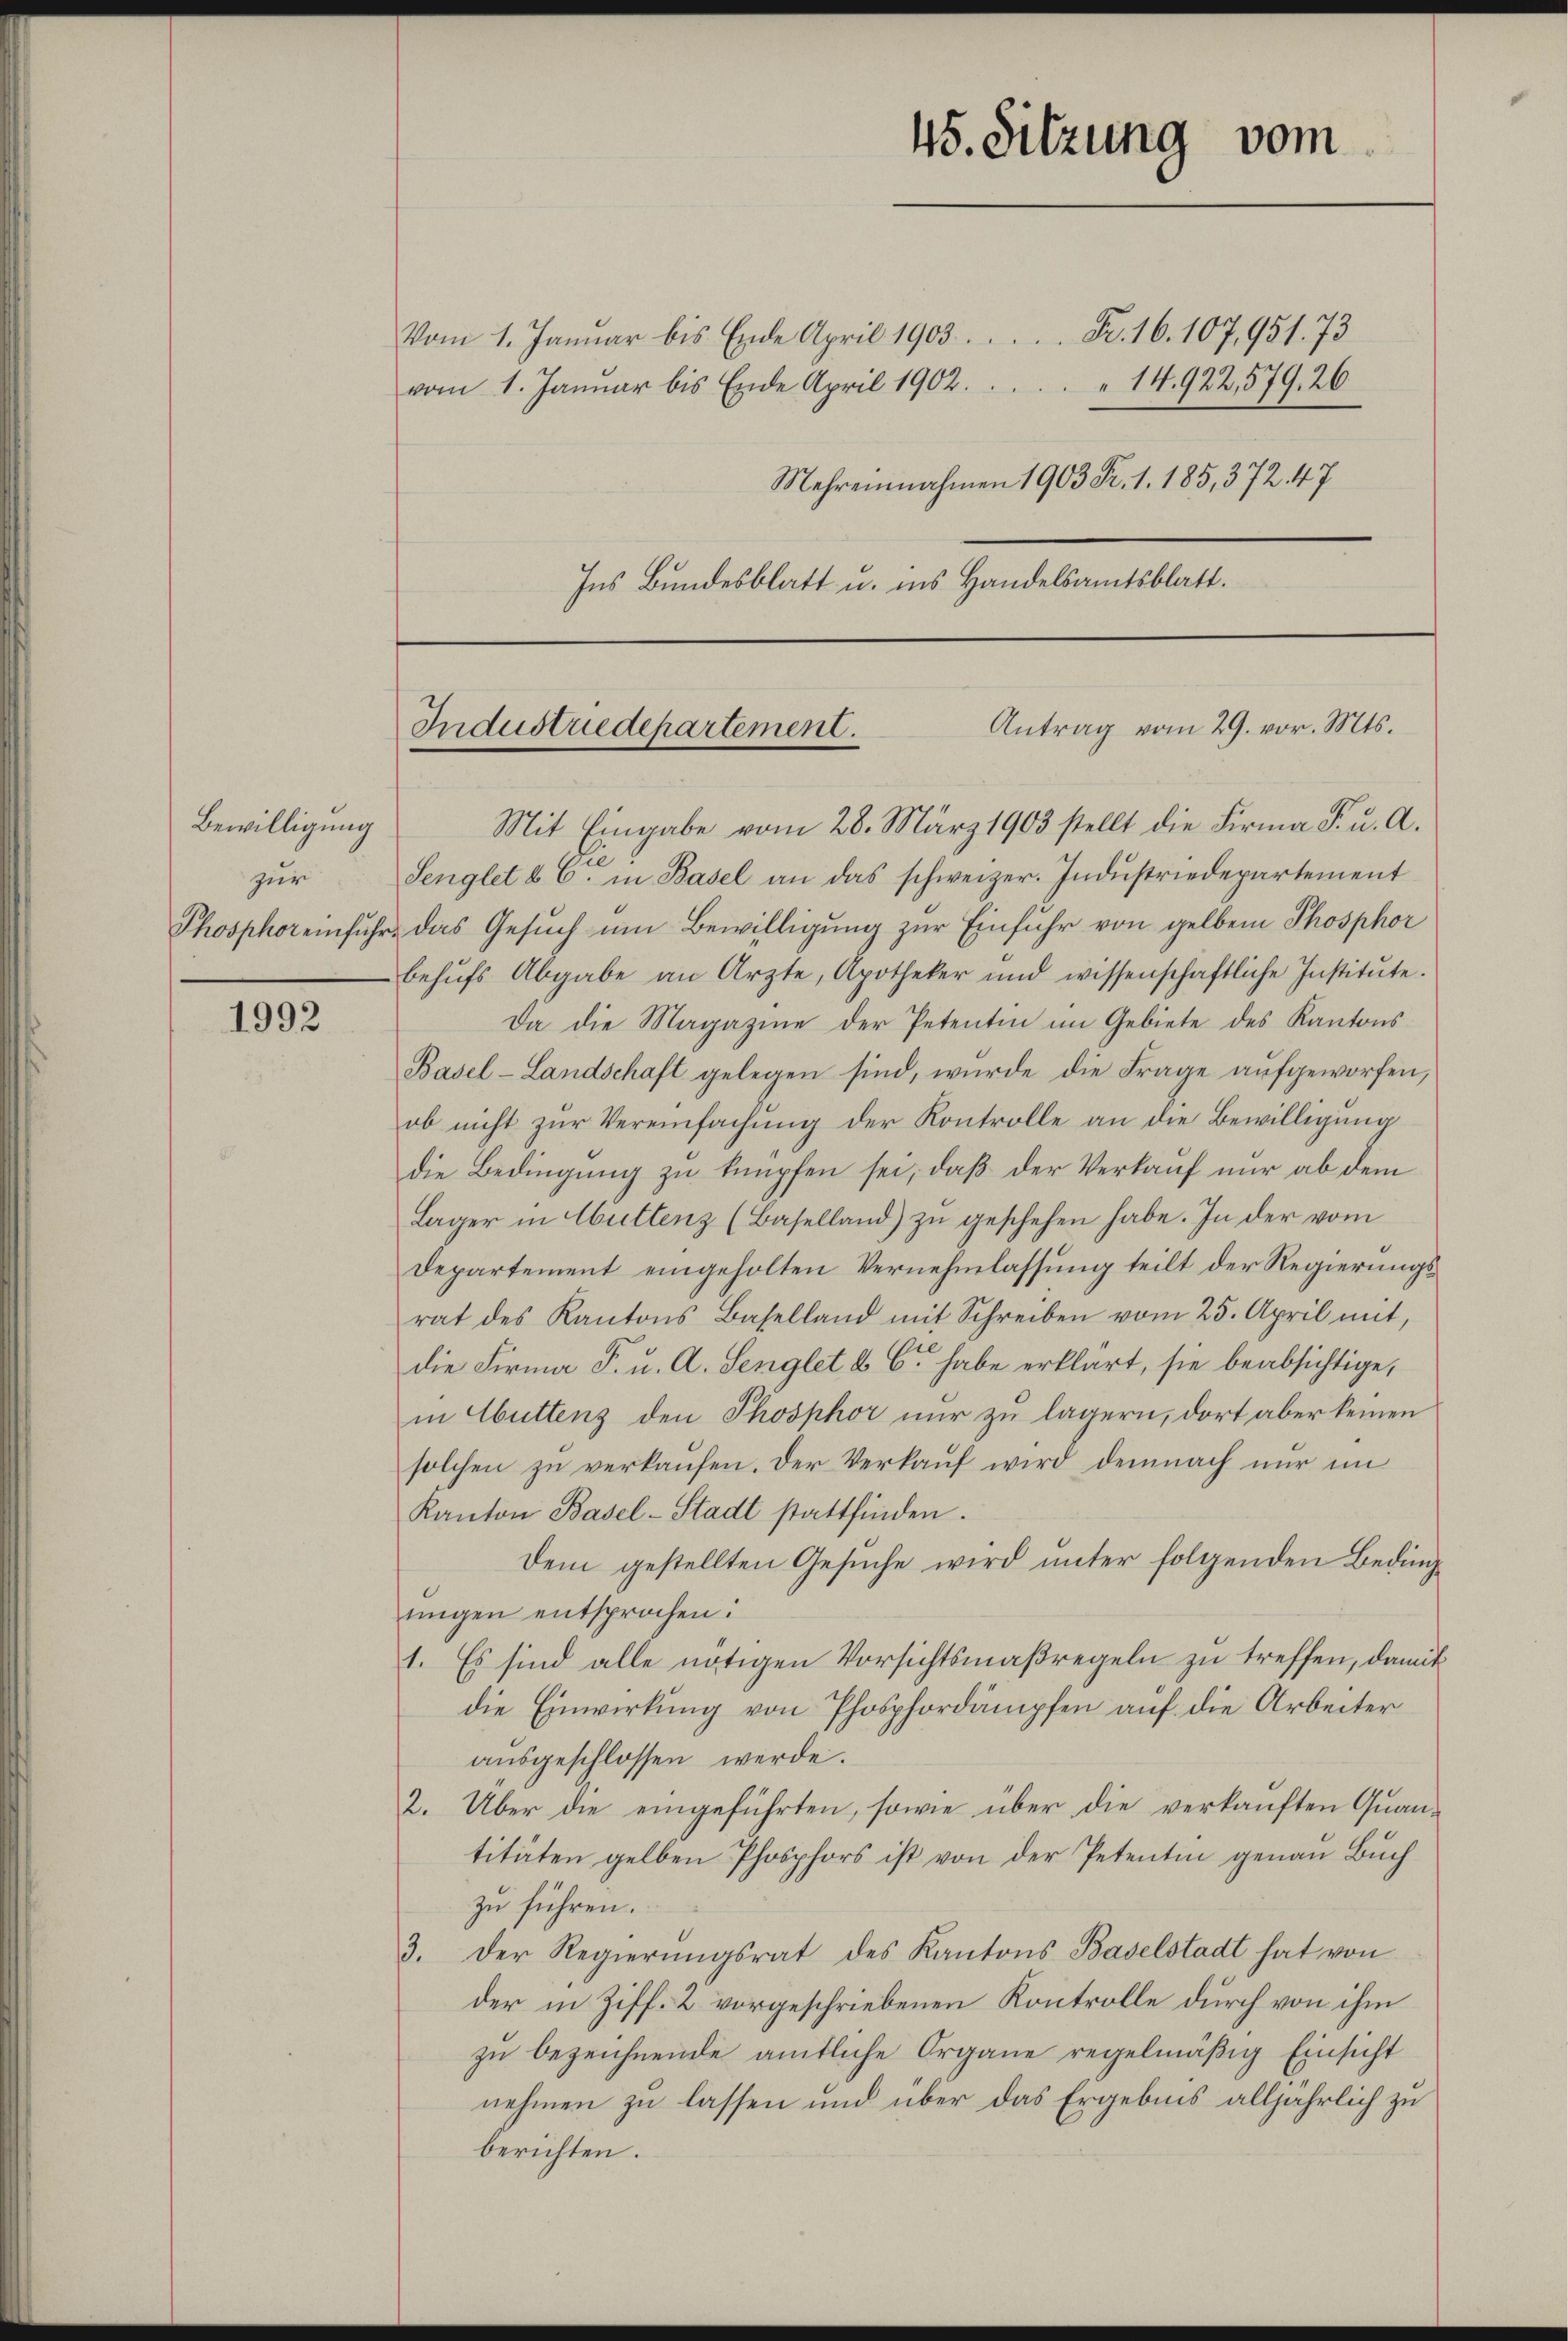
Bewilligung
zur
Phosphor einfuhr

1992

14.922, 579. 26
vom 1. Januar bis Ende April 1902.
Mehreinnahmen 1903 Fr. 1. 185, 372. 47
Ins Bundesblatt u. ins Handelsamtsblatt.

Vom 1. Januar bis Ende April 1903..  .. ..  Fr. 16. 107,951. 73

Industriedepartement.

45. Sitzung vom

Antrag vom 29. vor. Mts.

Mit Eingabe vom 28. März 1903 stellt die Firma F. u. A.
e
Senglet b. C. in Basel an das schweizer. Indŭstriedepartement
& das Gesuch um Bewilligung zur Einfuhr von gelben Phosphor
behŭfs Abgabe an Arzte, Apotheker und wissenschaftliche Institŭte.
Da die Magazine der Petentin im Gebiete des Kantons
Basel-Landschaft gelegen sind, wurde die Frage aufgeworfen,
ob nicht zur Vereinfachung der Kontrolle an die Bewilligung
die Bedingung zu knüpfen sei, daß der Verkauf nur ab dem
Lager in Abuttenz (Baselland) zu geschehen habe. In der vom
Departement eingeholten Vernehmlassung teilt der Regierungsrat des Kantons Baselland mit Schreiben vom 25. April mit,
die Firma F. u. A. Senglet u. C. habe erklärt, sie beabsichtige,
in Abuttenz den Phosphor nur zu lägern, dort aber keinen
solchen zu verkaufen. Der Verkauf wird demnach nur im
Kanton Basel-Stadt stattfinden.
Dem gestellten Gesuche wird unter folgenden Bedingtingen entsprochen:
1. Es sind alle nötigen Vorsichtsmaßregeln zu treffen, damit
die Einwirkung von Phosphordämpfen auf die Arbeiter
ausgeschlossen werde.
2. Über die eingeführten, sowie über die verkauften Quantitäten gelben Phosphors ist von der Petentin genau Buch
zu führen.
3. Der Regierungsrat des Kantons Baselstadt hat von
der in Ziff. 2 vorgeschriebenen Kontrolle durch von ihm
zu bezeichnende amtliche Organe regelmäßig Einsicht
nehmen zu lassen und über das Ergebnis alljährlich zu
berichten.